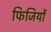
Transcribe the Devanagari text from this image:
फिजियों